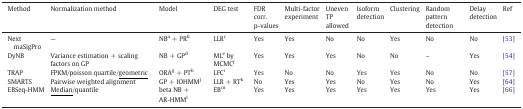
<table><thead><tr><td><b>Method</b></td><td><b>Normalization method</b></td><td><b>Model</b></td><td><b>DEG test</b></td><td><b>FDR corr. p-values</b></td><td><b>Multi-factor experiment</b></td><td><b>Uneven TP allowed</b></td><td><b>Isoform detection</b></td><td><b>Clustering</b></td><td><b>Random pattern detection</b></td><td><b>Delay detection</b></td><td><b>Ref</b></td></tr></thead><tbody><tr><td>Next maSigPro</td><td>—</td><td>NB<sup>a</sup> + PR<sup>b</sup></td><td>LLR<sup>c</sup></td><td>Yes</td><td>Yes</td><td>No</td><td>No</td><td>Yes</td><td>No</td><td>No</td><td>[53]</td></tr><tr><td>DyNB</td><td>Variance estimation + scaling factors on GP</td><td>NB + GP<sup>d</sup></td><td>ML<sup>e</sup> by MCMC<sup>f</sup></td><td>Yes</td><td>Yes</td><td>Yes</td><td>No</td><td>No</td><td>–</td><td>Yes</td><td>[54]</td></tr><tr><td>TRAP</td><td>FPKM/poisson quartile/<underline>geometric</underline></td><td>ORA<sup>g</sup> + PT<sup>h</sup></td><td>LFC<sup>i</sup></td><td>Yes</td><td>No</td><td>No</td><td>Yes</td><td>Yes</td><td>No</td><td>No</td><td>[57]</td></tr><tr><td>SMARTS</td><td>Pairwise weighted alignment</td><td>GP + IOHMM<sup>j</sup></td><td>LLR + RT<sup>k</sup></td><td>No</td><td>Yes</td><td>Yes</td><td>No</td><td>Yes</td><td>No</td><td>Yes</td><td>[64]</td></tr><tr><td>EBSeq-HMM</td><td><underline>Median</underline>/quantile</td><td>beta NB + AR-HMM<sup>l</sup></td><td>EB<sup>m</sup></td><td>Yes</td><td>Yes</td><td>Yes</td><td>Yes</td><td>Yes</td><td>Yes</td><td>Yes</td><td>[66]</td></tr></tbody></table>